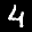
Label: 4